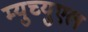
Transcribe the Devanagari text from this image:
म्युच्युएल